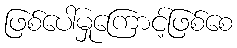
ဖြစ်ပေါ်မှုကြောင့်ဖြစ်စေ